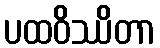
ပထဝိဿိတာ